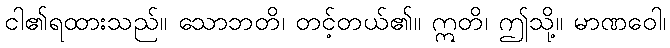
ငါ၏ရထားသည်။ သောဘတိ၊ တင့်တယ်၏။ ဣတိ၊ ဤသို့။ မာဏဝေါ၊